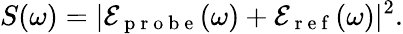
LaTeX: S(\omega)=|\mathcal{E}_{\mathrm{~p~r~o~b~e~}}(\omega)+\mathcal{E}_{\mathrm{~r~e~f~}}(\omega)|^{2}.